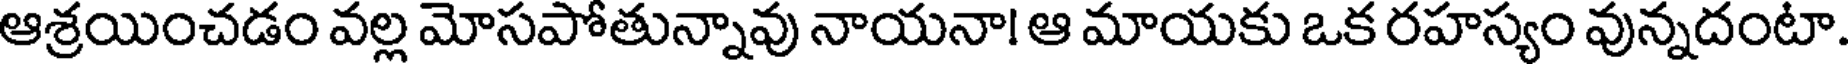
ఆశ్రయించడం వల్ల మోసపోతున్నావు నాయనా! ఆ మాయకు ఒక రహస్యం వున్నదంటా.